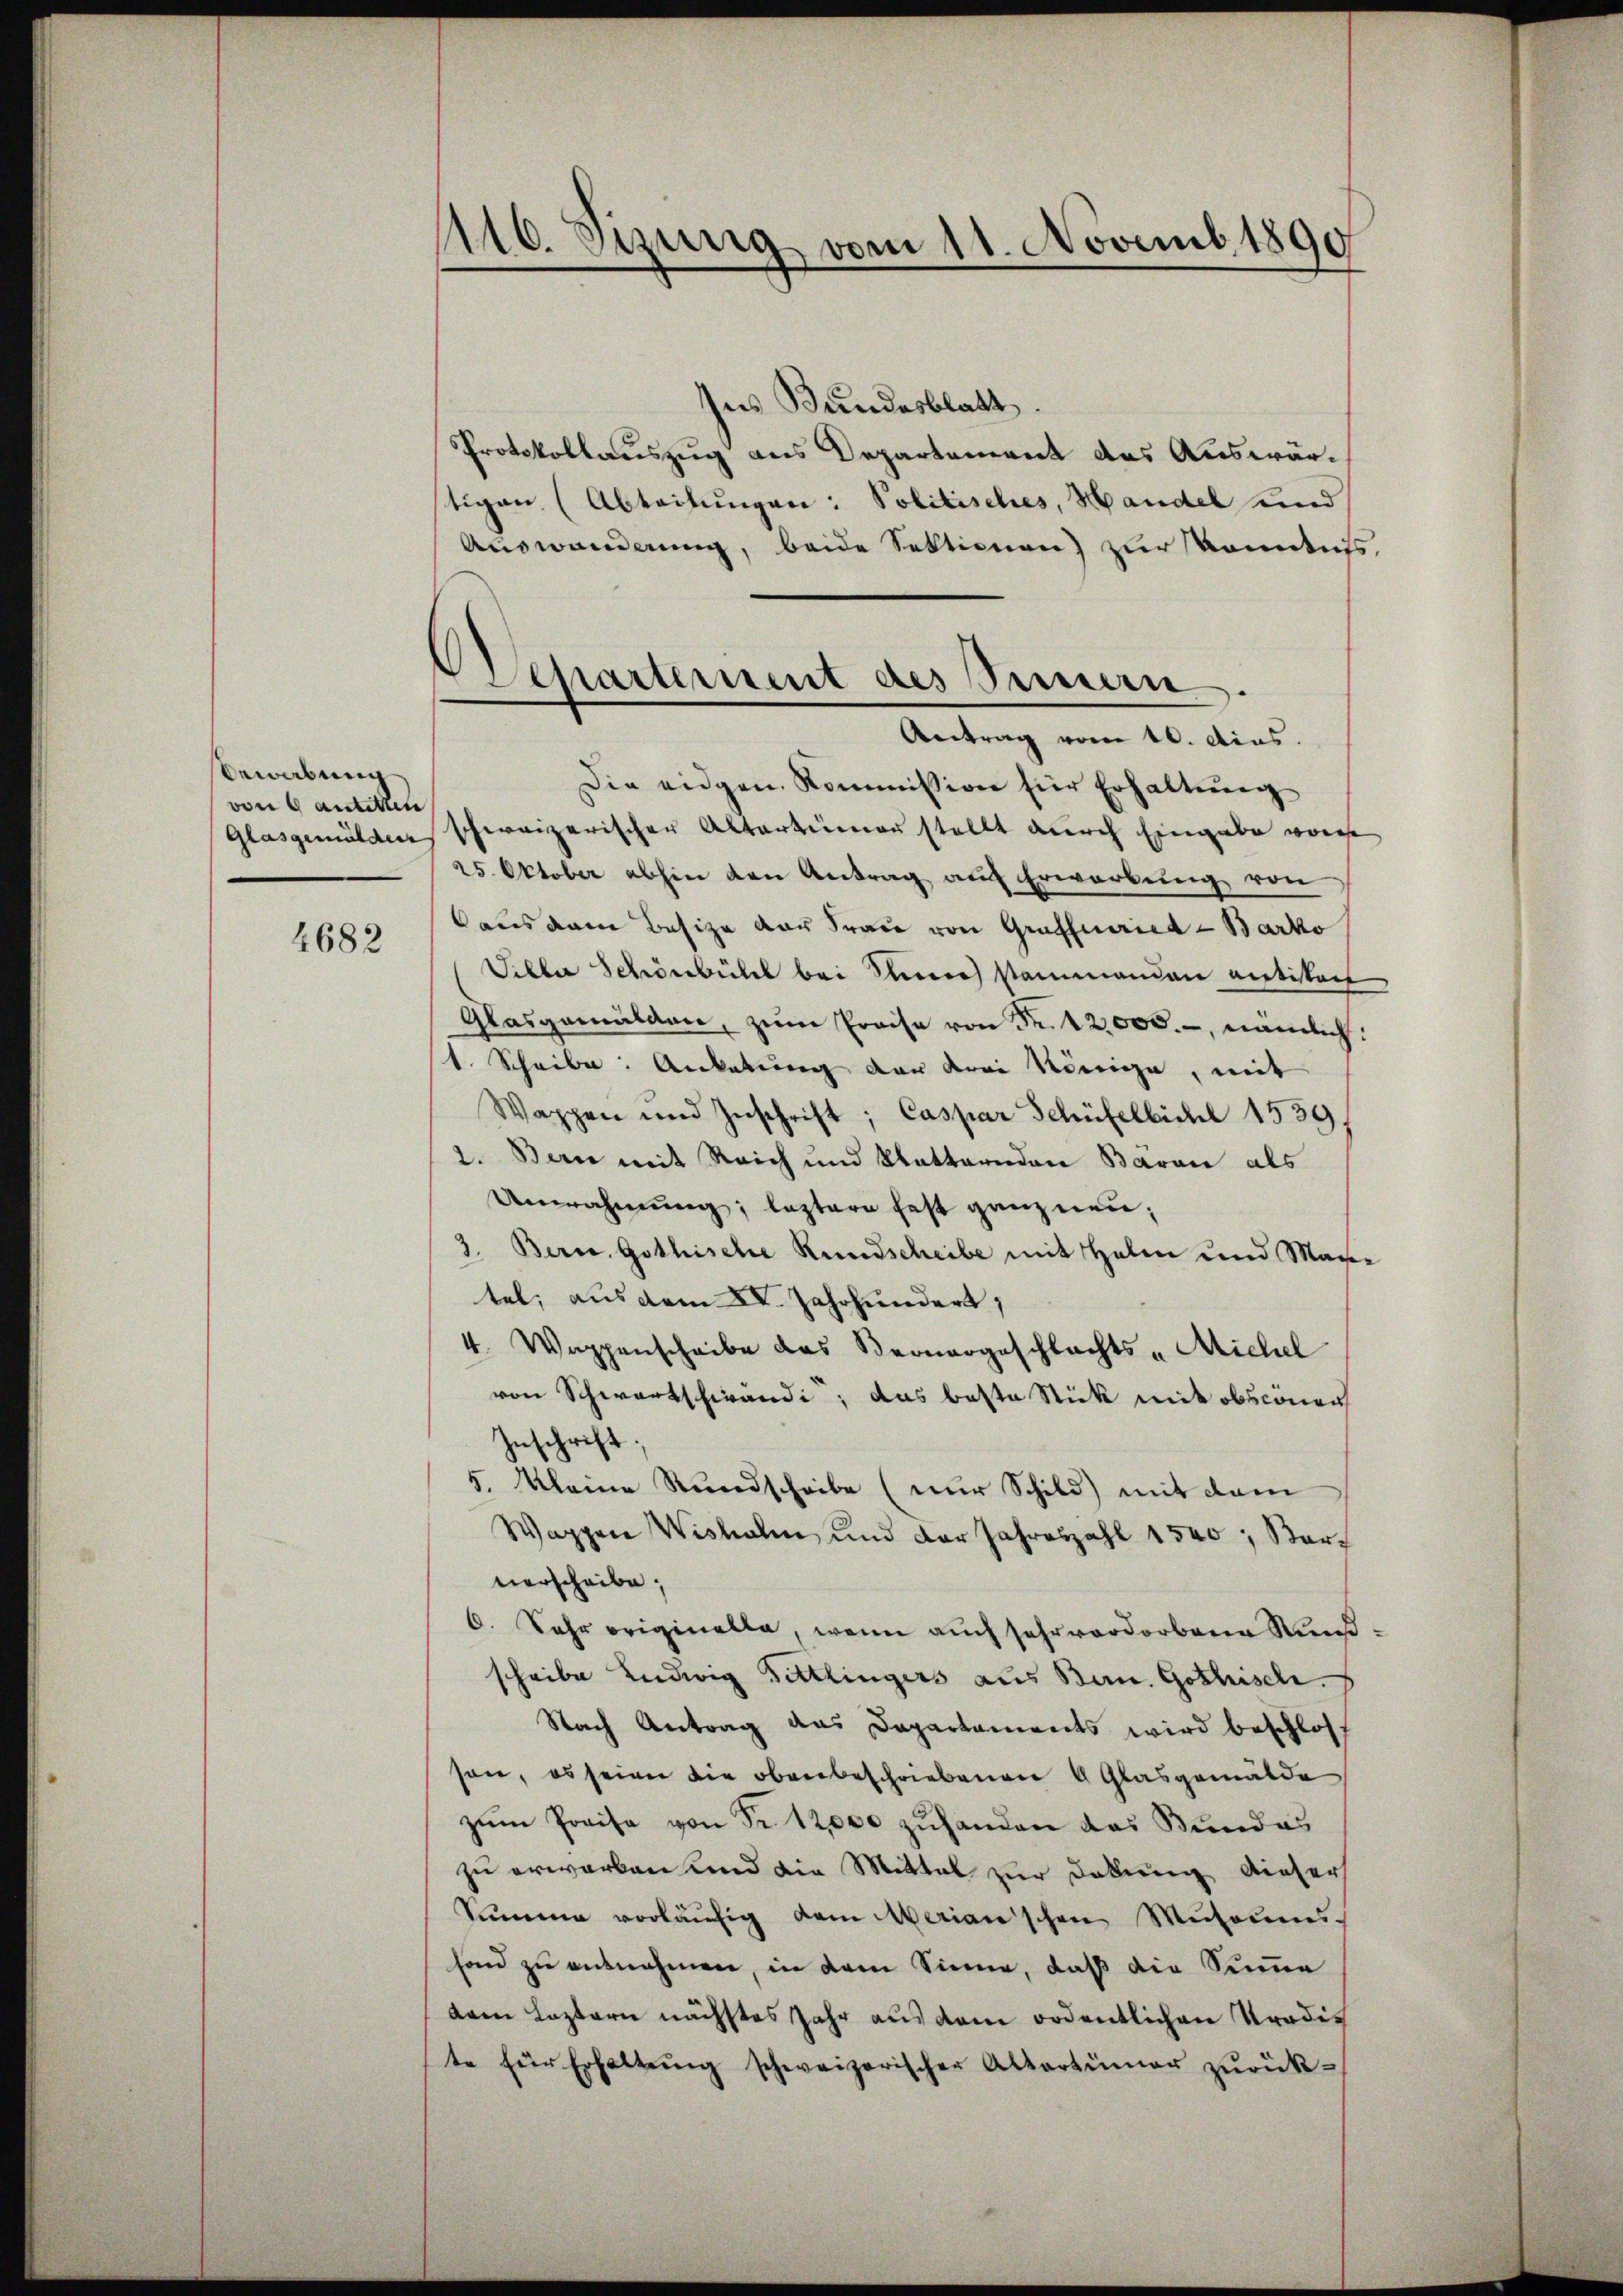
bewerbung
von 6 antetten

4682

1110. Sizung vom 11. Novemb. 1890

Ins Bundesblatt.
Protokollauszug aus Departement des Auswärtigen (Abteilungen: Politisches, Handel und
Auswanderung, beide Sektionen) zur konntes,
Die eidgen. Kommission für Erhaltŭng
Glasgemälden schweizerischer Altertümerstellt durch Eingabe vor
25. Oktober abhin den Antrag auf Erwarbŭng von
aus dem Besize der Frau von Grafferie-Barko
Sillar Schönbühl bei See stammanden retistant
Glasgemälden, zŭm Preise von Fr. 12,000.-, nämlich:
1. Scheiber: Anketung der drei Könige, mit
Wappen und Zuschrift; Caspar Schüfelbichl 1539
2. Bern mit Reich und Statternden Bären als
Umahnung, leztere fest ganz neu,
3. Bern. Gothische Rundscheibe mit Halm und Marie
tel; aus dem XV. Jahrhundert,
4. Wappenscheibe das Bernergeschlachts-Michel
von Schwartschwandi, das beste Stick mit obsconen
Inschrift;
5. kleine Rundscheibe (nur Schild) mit dem
Wappen Wisholen und der Jahreszahl 1540, Barverscheibe;
6. Jahr originelle, wenn auch sehr verdorbene Nußscheibe Ludwig Dittlingers aus Bern. Gothische.
Nach Antrag das Departements wird beschlos
son, es seien die obenbeschriebenen 9 Glasgemälde
zŭm Preise von Fr. 12000 zuhanden das Bundes
zu erwarben und die Mittel zur Dekung dieser
Summe vorläŭfig dem Merian'schen Museums-
fond zu entnehmen, in dem Sinne, daß die Summe
dam Lezterne nächstes Jahr aus dem ordentlichen Trodis
te für Erhaltŭng schweizerischer Altertümer zŭrück-

Separtement des Sinnen.
Antrag vom 10. dies.